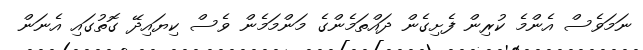
ނަމަވެސް އެންމެ ކުރިން ފެށިގެން ދައްތަމެންގެ މަންމަމެން ވެސް ކިޔައިދޭ ގޮތުގައި އެނަން